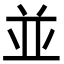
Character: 並